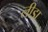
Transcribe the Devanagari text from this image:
लीडा